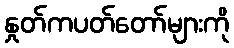
နှုတ်ကပတ်တော်များကို